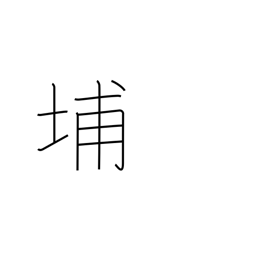
Meaning: used in Chinese place names